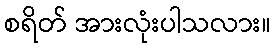
စရိတ် အားလုံးပါသလား။